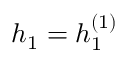
h _ { 1 } = h _ { 1 } ^ { ( 1 ) }